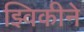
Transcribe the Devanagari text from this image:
झ्विकीने